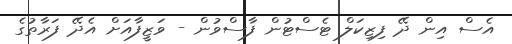
އެސް އިން ދޭ ފިޒިކަލް ޓެސްޓުން ފާސްވުން - ވަޒީފާއަށް އެދޭ ފަރާތުގެ